Report on plague and inoculation in the Punjab from October 1st ... to September 30th..., being the ... season of plague in the province
Disease focus: Plague
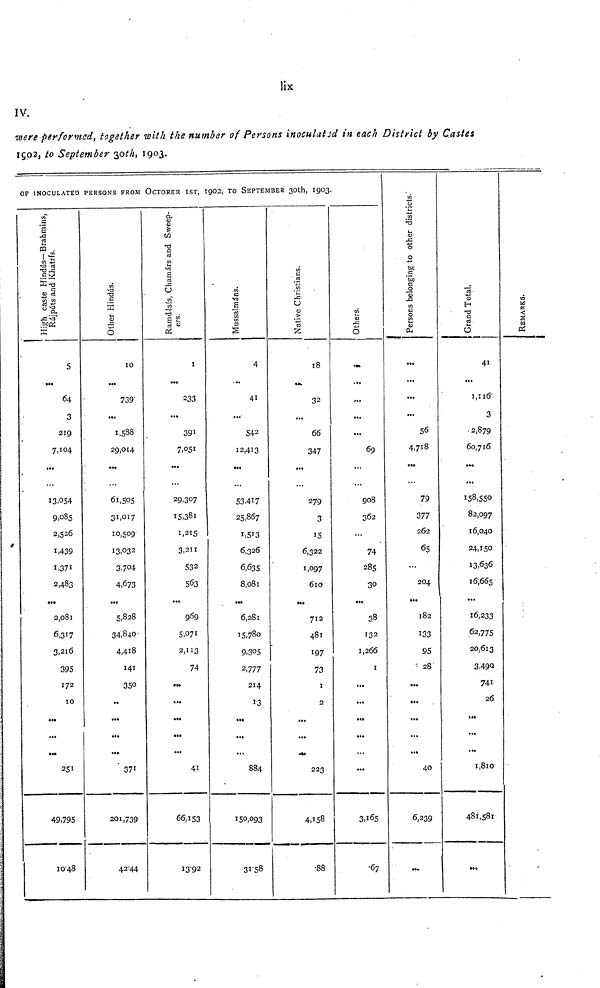
lix
IV.
were performed, together with the number of Persons inoculated in each District by Castes
1902, to September 30th, 1903.
OF INOCULATED PERSONS FROM OCTORER 1ST, 1902, TO SEPTEMBER 30th, 1903.
High caste Hindús – Brahmins, Rájpúts and Khatris.
5
...
64
3
219
7,104
...
13,054
9,085
2,526
1,439
1,371
2,483
2,081
6,317
3,216
395
172
10
...
...
251
49,795
10-48
Other Hindús.
10
...
739
...
1,588
29,014
•••
61,505
31,017
10,509
13,032
3,704
4,673
...
5,828
34,840
4,418
141
350
••
...
...
...
371
201,739
42,44
Ramdásis, Chamárs and Sweeper.
1
...
233
...
391
7,051
...
29,307
15,381
1,215
3,211
532
563
...
969
5,071
2,113
74
...
...
...
41
66,153
13,92
Mussalmáns.
4
...
41
...
542
12,413
...
...
53,417
25,867
1,513
6,326
6,635
8,081
•••
6,281
15,780
9,305
2,777
214
13
...
...
...
884
150,093
Native Christians.
18
3 2
...
66
347
...
279
3
15
6,322
1,097
610
...
712
481
197
73
1
2
...
...
223
4,158
•88
Others.
V..
...
...
...
69
...
...
908
362
74
285
30
...
38
132
1,266
1
...
...
...
...
...
...
3,165
•67
Persons belonging to other districts.
...
...
...
...
56
4,718
...
79
377
262
65
...
204
182
133
95
• 28
...
...
...
...
...
40
6,239
...
Grand Total.
41
...
1,116
3
2,879
60,716
...
158,550
82,097
16,040
24,150
13,636
16,665
16,233
62,775
20,613
3,490
741
26
...
...
1,810
481,581
REMARKS.